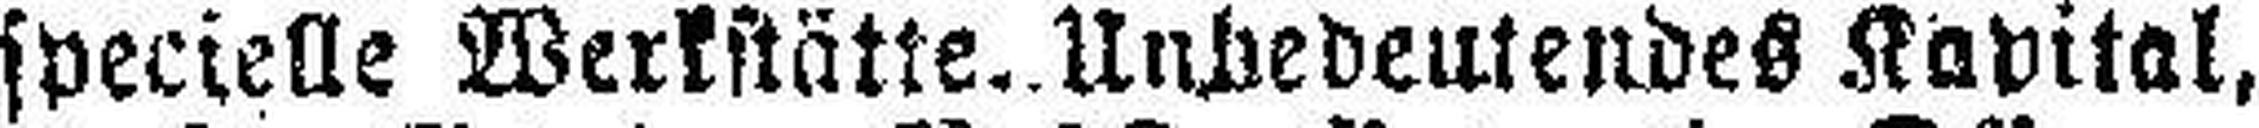
specielle Werkstätte. Unbedeutendes Kapital,